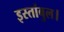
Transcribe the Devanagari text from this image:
इस्तांबुल।